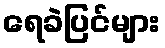
ရေခဲပြင်များ